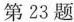
第23题